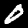
Digit: 0